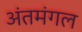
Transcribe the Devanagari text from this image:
अंतमंगल